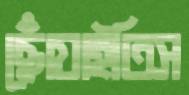
ছোঁয়াইতিস